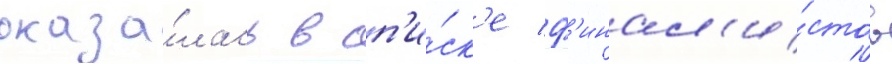
оказа́лась в сп'и́ск'е ф'инал'и́стов